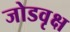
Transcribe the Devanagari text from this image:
जोडवृक्ष